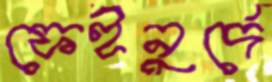
ফেইনুর্দে